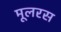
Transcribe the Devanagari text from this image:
मूलरस